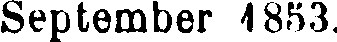
September 1853.